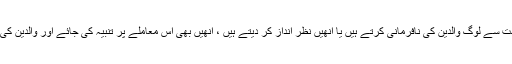
سماج اور معاشرے میں بہت سے لوگ والدین کی نافرمانی کرتے ہیں یا انھیں نظر انداز کر دیتے ہیں ، انھیں بھی اس معاملے پر تنبیہ کی جائے اور والدین کی اہمیت کو سمجھایا جائے ۔